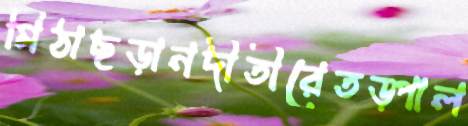
মিঠাছড়ানদীতীরেতড়্‌পাল